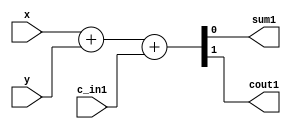
module onebitadder(
    input [0:0] x,  //onebit input
    input [0:0] y,  // onebit input
    input [0:0] c_in1, //cin 
    output [0:0] sum1, // one bit sum
    output [0:0] cout1 // onebit carryout
    );
    reg sum1, cout1 ;
    always @(*)

    {cout1, sum1}= x+y+c_in1 ;
endmodule